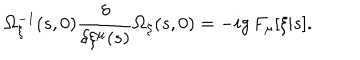
LaTeX: \Omega _ { \xi } ^ { - 1 } ( s , 0 ) { \frac { \delta } { \delta \xi ^ { \mu } ( s ) } } \Omega _ { \xi } ( s , 0 ) = - i g \, F _ { \mu } [ \xi | s ] .